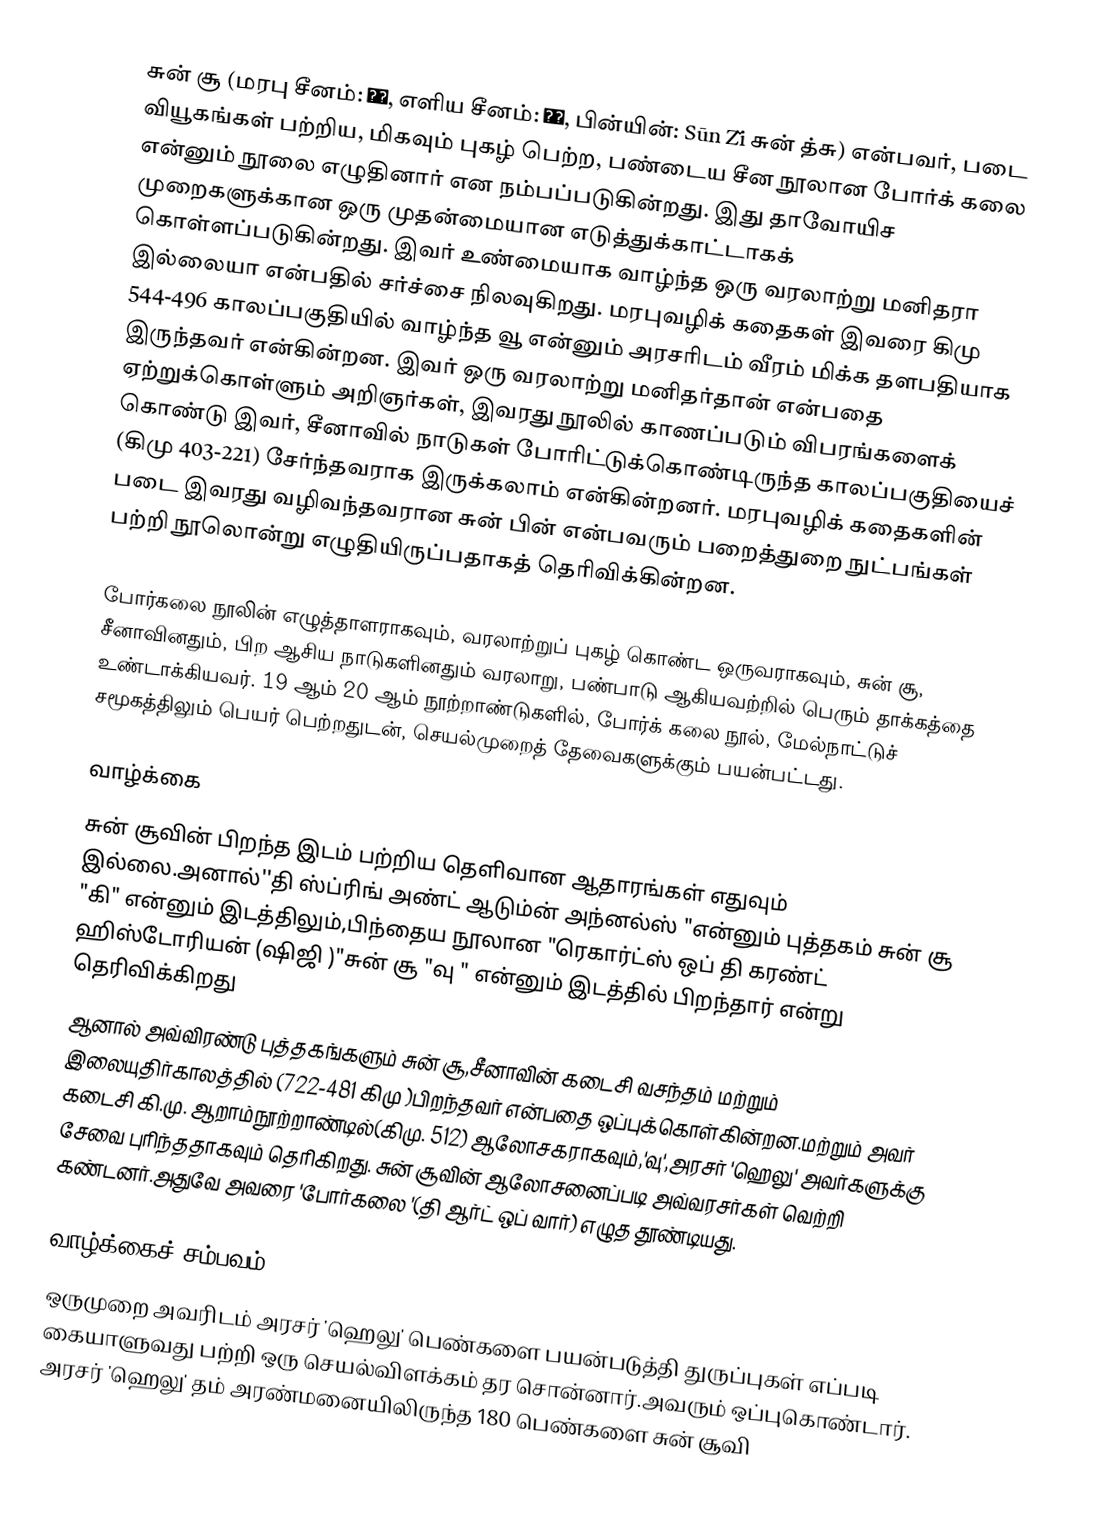
சுன் சூ (மரபு சீனம்: 孫子, எளிய சீனம்: 孙子, பின்யின்: Sūn Zǐ சுன் த்சு) என்பவர், படை வியூகங்கள் பற்றிய, மிகவும் புகழ் பெற்ற, பண்டைய சீன நூலான போர்க் கலை என்னும் நூலை எழுதினார் என நம்பப்படுகின்றது. இது தாவோயிச முறைகளுக்கான ஒரு முதன்மையான எடுத்துக்காட்டாகக் கொள்ளப்படுகின்றது. இவர் உண்மையாக வாழ்ந்த ஒரு வரலாற்று மனிதரா இல்லையா என்பதில் சர்ச்சை நிலவுகிறது. மரபுவழிக் கதைகள் இவரை கிமு 544-496 காலப்பகுதியில் வாழ்ந்த வூ என்னும் அரசரிடம் வீரம் மிக்க தளபதியாக இருந்தவர் என்கின்றன. இவர் ஒரு வரலாற்று மனிதர்தான் என்பதை ஏற்றுக்கொள்ளும் அறிஞர்கள், இவரது நூலில் காணப்படும் விபரங்களைக் கொண்டு இவர், சீனாவில் நாடுகள் போரிட்டுக்கொண்டிருந்த காலப்பகுதியைச் (கிமு 403-221) சேர்ந்தவராக இருக்கலாம் என்கின்றனர். மரபுவழிக் கதைகளின் படை இவரது வழிவந்தவரான சுன் பின் என்பவரும் பறைத்துறை நுட்பங்கள் பற்றி நூலொன்று எழுதியிருப்பதாகத் தெரிவிக்கின்றன.

போர்கலை நூலின் எழுத்தாளராகவும், வரலாற்றுப் புகழ் கொண்ட ஒருவராகவும், சுன் சூ, சீனாவினதும், பிற ஆசிய நாடுகளினதும் வரலாறு, பண்பாடு ஆகியவற்றில் பெரும் தாக்கத்தை உண்டாக்கியவர். 19 ஆம் 20 ஆம் நூற்றாண்டுகளில், போர்க் கலை நூல், மேல்நாட்டுச் சமூகத்திலும் பெயர் பெற்றதுடன், செயல்முறைத் தேவைகளுக்கும் பயன்பட்டது.

வாழ்க்கை
சுன் சூவின் பிறந்த இடம் பற்றிய தெளிவான  ஆதாரங்கள் எதுவும் இல்லை.அனால்''தி ஸ்ப்ரிங் அண்ட் ஆடும்ன் அந்னல்ஸ் "என்னும் புத்தகம் சுன் சூ "கி" என்னும் இடத்திலும்,பிந்தைய நூலான "ரெகார்ட்ஸ் ஒப் தி கரண்ட் ஹிஸ்டோரியன் (ஷிஜி )"சுன் சூ  "வு " என்னும் இடத்தில் பிறந்தார் என்று தெரிவிக்கிறது
ஆனால் அவ்விரண்டு புத்தகங்களும் சுன் சூ,சீனாவின் கடைசி வசந்தம் மற்றும் இலையுதிர்காலத்தில் (722-481 கிமு )பிறந்தவர் என்பதை ஒப்புக்கொள்கின்றன.மற்றும் அவர் கடைசி கி.மு. ஆறாம்நூற்றாண்டில்(கிமு. 512) ஆலோசகராகவும்,'வு',அரசர் 'ஹெலு' அவர்களுக்கு சேவை புரிந்ததாகவும் தெரிகிறது. சுன் சூவின் ஆலோசனைப்படி அவ்வரசர்கள் வெற்றி கண்டனர்.அதுவே அவரை 'போர்கலை '(தி ஆர்ட் ஒப் வார்) எழுத தூண்டியது.

வாழ்க்கைச் சம்பவம்
ஒருமுறை அவரிடம் அரசர் 'ஹெலு' பெண்களை பயன்படுத்தி துருப்புகள் எப்படி கையாளுவது  பற்றி ஒரு செயல்விளக்கம் தர சொன்னார்.அவரும் ஒப்புகொண்டார். அரசர் 'ஹெலு' தம் அரண்மனையிலிருந்த 180 பெண்களை சுன் சூவி